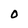
Character: O